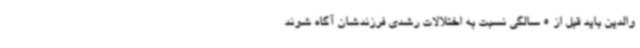
والدین باید قبل از 5 سالگی نسبت به اختلالات رشدی فرزندشان آگاه شوند